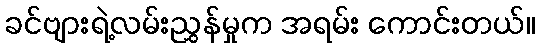
ခင်ဗျားရဲ့လမ်းညွှန်မှုက အရမ်း ကောင်းတယ်။